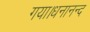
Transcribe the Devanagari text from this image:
गया।धनानन्द